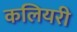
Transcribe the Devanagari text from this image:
कलियरी